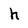
Character: h